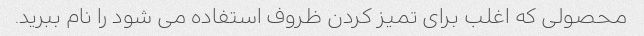
محصولی که اغلب برای تمیز کردن ظروف استفاده می شود را نام ببرید.